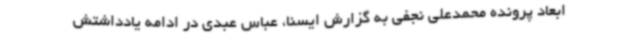
ابعاد پرونده محمدعلی نجفی به گزارش ایسنا، عباس عبدی در ادامه یادداشتش